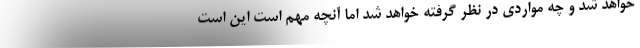
خواهد شد و چه مواردی در نظر گرفته خواهد شد اما آنچه مهم است این است